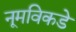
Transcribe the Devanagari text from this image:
नूमविकडे